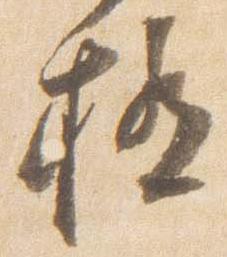
極